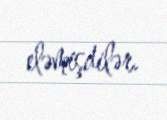
eləmişdilər.